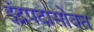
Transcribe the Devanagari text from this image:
इंद्रपदासोबत